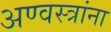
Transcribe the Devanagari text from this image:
अण्वस्त्रांना